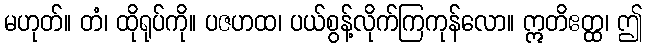
မဟုတ်။ တံ၊ ထိုရုပ်ကို။ ပဇဟထ၊ ပယ်စွန့်လိုက်ကြကုန်လော။ ဣတိဧတ္ထ၊ ဤ